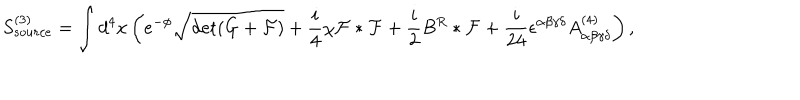
S _ { s o u r c e } ^ { ( 3 ) } = \int d ^ { 4 } x \left( e ^ { - \phi } \sqrt { \det ( G + { \cal F } ) } + { \frac { i } { 4 } } \chi { \cal F } * { \cal F } + { \frac { i } { 2 } } B ^ { R } * { \cal F } + { \frac { i } { 2 4 } } \epsilon ^ { \alpha \beta \gamma \delta } A _ { \alpha \beta \gamma \delta } ^ { ( 4 ) } \right) ,